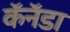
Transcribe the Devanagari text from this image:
कॅनॅडा